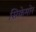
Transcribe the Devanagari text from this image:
सिकेमोर